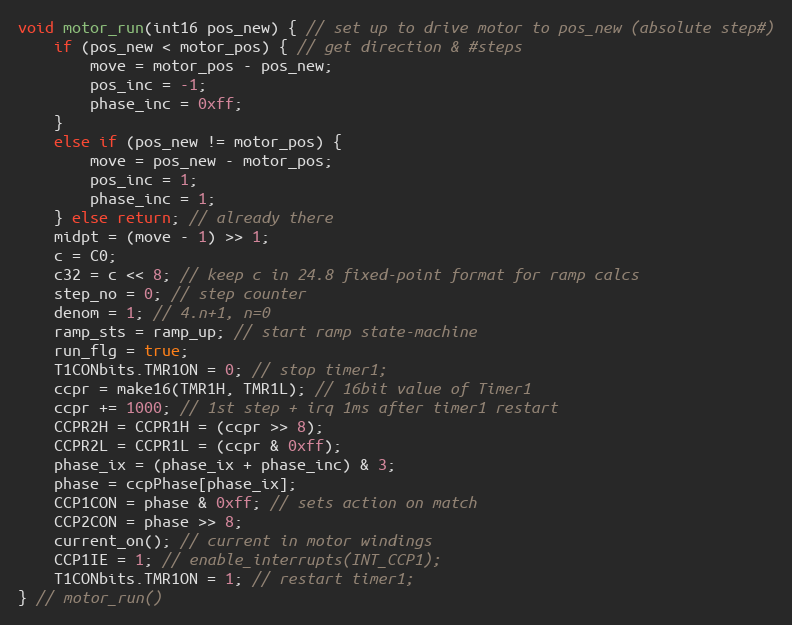
Language: C
void motor_run(int16 pos_new) { // set up to drive motor to pos_new (absolute step#)
    if (pos_new < motor_pos) { // get direction & #steps
        move = motor_pos - pos_new;
        pos_inc = -1;
        phase_inc = 0xff;
    }
    else if (pos_new != motor_pos) {
        move = pos_new - motor_pos;
        pos_inc = 1;
        phase_inc = 1;
    } else return; // already there
    midpt = (move - 1) >> 1;
    c = C0;
    c32 = c << 8; // keep c in 24.8 fixed-point format for ramp calcs
    step_no = 0; // step counter
    denom = 1; // 4.n+1, n=0
    ramp_sts = ramp_up; // start ramp state-machine
    run_flg = true;
    T1CONbits.TMR1ON = 0; // stop timer1;
    ccpr = make16(TMR1H, TMR1L); // 16bit value of Timer1
    ccpr += 1000; // 1st step + irq 1ms after timer1 restart
    CCPR2H = CCPR1H = (ccpr >> 8);
    CCPR2L = CCPR1L = (ccpr & 0xff);
    phase_ix = (phase_ix + phase_inc) & 3;
    phase = ccpPhase[phase_ix];
    CCP1CON = phase & 0xff; // sets action on match
    CCP2CON = phase >> 8;
    current_on(); // current in motor windings
    CCP1IE = 1; // enable_interrupts(INT_CCP1);
    T1CONbits.TMR1ON = 1; // restart timer1;
} // motor_run()